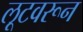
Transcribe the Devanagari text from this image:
लूटवरून